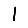
Digit: 1